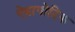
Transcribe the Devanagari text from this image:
ऐबायोटिक